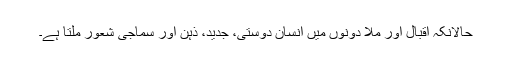
حالانکہ اقبال اور ملا دونوں میں انسان دوستی، جدید، ذہن اور سماجی شعور ملتا ہے۔